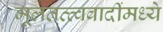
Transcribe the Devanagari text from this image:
मूलतत्त्ववादींमध्ये